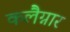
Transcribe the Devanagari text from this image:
कलैग्नार